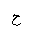
Letter: _ha